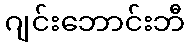
ဂျင်းဘောင်းဘီ